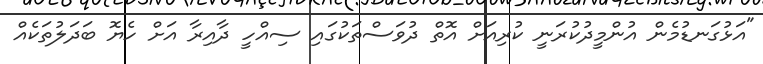
"އަޅުގަނޑުމެން އުންމީދުކުރަނީ ކުރިއަށް އޮތް ދުވަސްތަކުގައި ސިއްހީ ދާއިރާ އަށް ހެޔޮ ބަދަލުތަކެއް